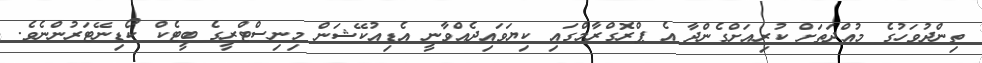
ތިންދުވަހުގެ މުއްދަތަށް ކުރިއަށްގެންދާ އެ ޕްރޮގްރާމްގައި ކިޔަވައިދެއްވާނީ އެޑިއުކޭޝަން މިނިސްޓްރީގެ ބީޓެކް ކޯޑިނޭޓަރުންނެވެ.